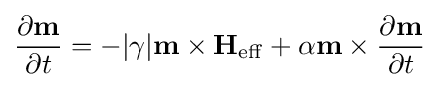
{\frac {\partial \mathbf {m} }{\partial t}}=-|\gamma |\mathbf {m} \times \mathbf {H} _{\mathrm {eff} }+\alpha \mathbf {m} \times {\frac {\partial \mathbf {m} }{\partial t}}